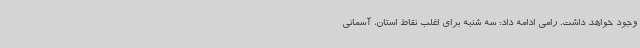
وجود خواهد داشت. رامی ادامه داد: سه شنبه برای اغلب نقاط استان، آسمانی